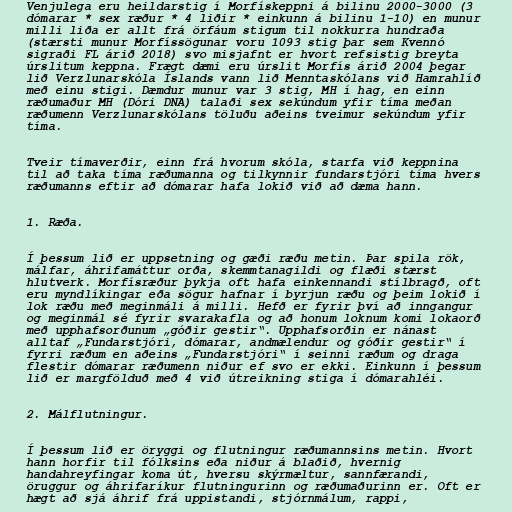
Venjulega eru heildarstig í Morfískeppni á bilinu 2000-3000 (3
dómarar * sex ræður * 4 liðir * einkunn á bilinu 1-10) en munur
milli liða er allt frá örfáum stigum til nokkurra hundraða
(stærsti munur Morfíssögunar voru 1093 stig þar sem Kvennó
sigraði FL árið 2018) svo misjafnt er hvort refsistig breyta
úrslitum keppna. Frægt dæmi eru úrslit Morfís árið 2004 þegar
lið Verzlunarskóla Íslands vann lið Menntaskólans við Hamrahlíð
með einu stigi. Dæmdur munur var 3 stig, MH í hag, en einn
ræðumaður MH (Dóri DNA) talaði sex sekúndum yfir tíma meðan
ræðumenn Verzlunarskólans töluðu aðeins tveimur sekúndum yfir
tíma.

Tveir tímaverðir, einn frá hvorum skóla, starfa við keppnina
til að taka tíma ræðumanna og tilkynnir fundarstjóri tíma hvers
ræðumanns eftir að dómarar hafa lokið við að dæma hann.

1. Ræða.

Í þessum lið er uppsetning og gæði ræðu metin. Þar spila rök,
málfar, áhrifamáttur orða, skemmtanagildi og flæði stærst
hlutverk. Morfísræður þykja oft hafa einkennandi stílbragð, oft
eru myndlíkingar eða sögur hafnar í byrjun ræðu og þeim lokið í
lok ræðu með meginmáli á milli. Hefð er fyrir því að inngangur
og meginmál sé fyrir svarakafla og að honum loknum komi lokaorð
með upphafsorðunum „góðir gestir“. Upphafsorðin er nánast
alltaf „Fundarstjóri, dómarar, andmælendur og góðir gestir“ í
fyrri ræðum en aðeins „Fundarstjóri“ í seinni ræðum og draga
flestir dómarar ræðumenn niður ef svo er ekki. Einkunn í þessum
lið er margfölduð með 4 við útreikning stiga í dómarahléi.

2. Málflutningur.

Í þessum lið er öryggi og flutningur ræðumannsins metin. Hvort
hann horfir til fólksins eða niður á blaðið, hvernig
handahreyfingar koma út, hversu skýrmæltur, sannfærandi,
öruggur og áhrifaríkur flutningurinn og ræðumaðurinn er. Oft er
hægt að sjá áhrif frá uppistandi, stjórnmálum, rappi,